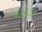
ખરધાન